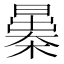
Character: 𣊻